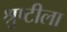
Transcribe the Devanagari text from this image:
श्रुष्टीला